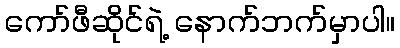
ကော်ဖီဆိုင်ရဲ့ နောက်ဘက်မှာပါ။